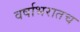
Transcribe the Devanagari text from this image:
वर्षाभरातच